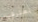
تعترفين